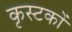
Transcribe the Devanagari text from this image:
कृस्टकों